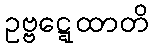
ဥဗ္ဗဋ္ဋေထာတိ